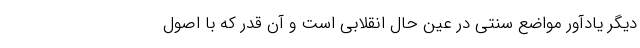
دیگر یادآور مواضع سنتی در عین حال انقلابی است و آن قدر که با اصول